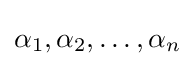
\alpha _{1},\alpha _{2},\dots ,\alpha _{n}